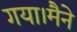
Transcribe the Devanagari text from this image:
गया।मैने